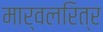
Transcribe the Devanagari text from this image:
मार्वलरित्र